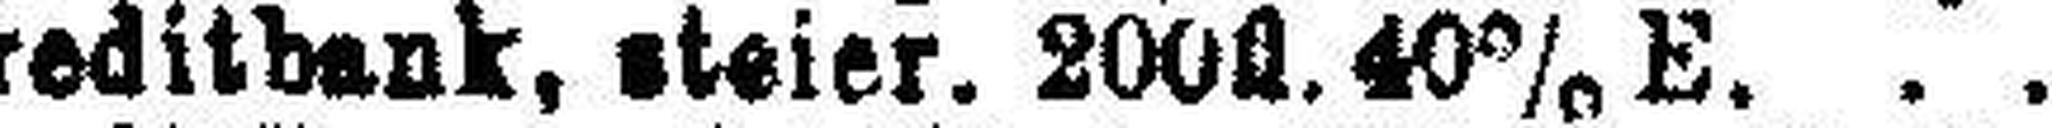
Creditbank, steier. 200fl. 40% E.